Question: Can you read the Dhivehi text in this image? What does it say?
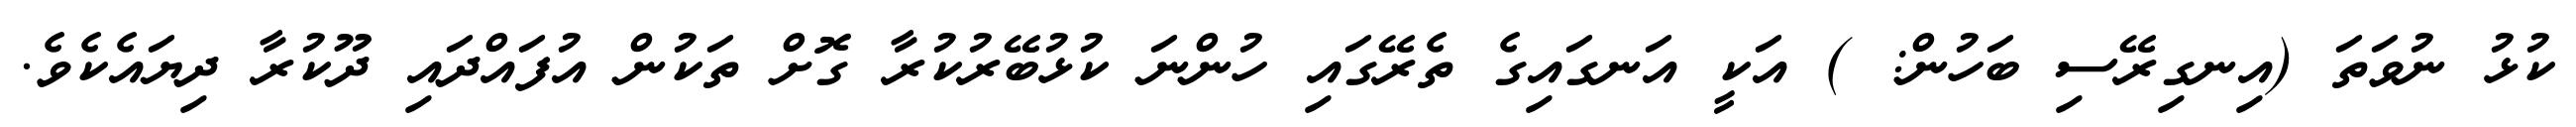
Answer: ކުޅު ނުވަތަ (އިނގިރޭސި ބަހުން: ) އަކީ އަނގައިގެ ތެރޭގައި ހުންނަ ކުޅުބޭރުކުރާ ގޮށް ތަކުން އުފައްދައި ދޫކުރާ ދިޔައެކެވެ.